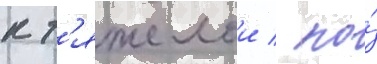
к т'яжелои / по́